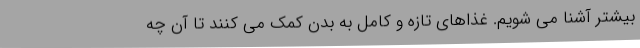
بیشتر آشنا می شویم. غذاهای تازه و کامل به بدن کمک می کنند تا آن چه